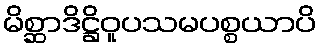
မိစ္ဆာဒိဋ္ဌိဝူပသမပစ္စယာပိ